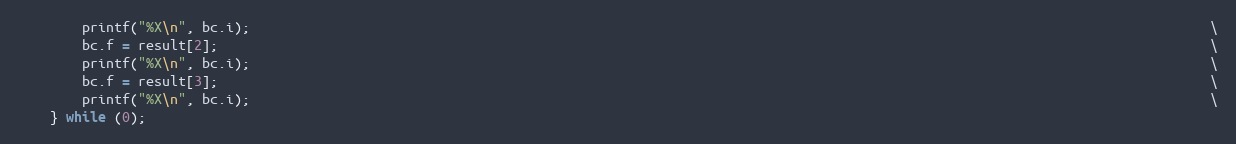
Language: C
        printf("%X\n", bc.i);                                                                                                                        \
        bc.f = result[2];                                                                                                                            \
        printf("%X\n", bc.i);                                                                                                                        \
        bc.f = result[3];                                                                                                                            \
        printf("%X\n", bc.i);                                                                                                                        \
    } while (0);